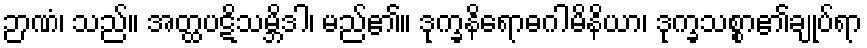
ဉာဏံ၊ သည်။ အတ္ထပဋိသမ္ဘိဒါ၊ မည်၏။ ဒုက္ခနိရောဓဂါမိနိယာ၊ ဒုက္ခသစ္စာ၏ချုပ်ရာ